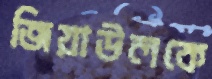
জিয়াউলকে